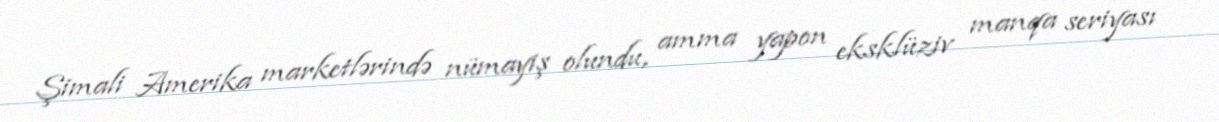
Şimali Amerika marketlərində nümayiş olundu, amma yapon eksklüziv manqa seriyası